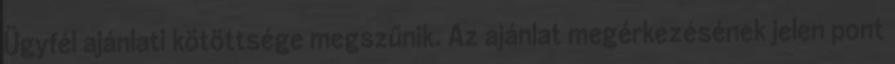
Ügyfél ajánlati kötöttsége megszűnik. Az ajánlat megérkezésének jelen pont